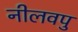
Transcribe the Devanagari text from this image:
नीलवपु